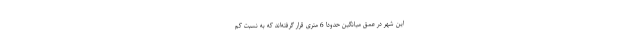
این شهر در عمق میانگینِ حدودا 6 متری قرار گرفته‌اند که به نسبت کم